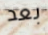
بعد